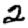
Digit: 2